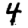
Digit: 4